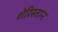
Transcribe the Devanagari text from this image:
शेरिस्तान